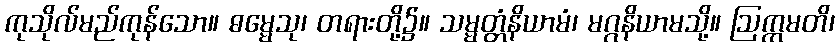
ကုသိုလ်မည်ကုန်သော။ ဓမ္မေသု၊ တရားတို့၌။ သမ္မတ္တံနိယာမံ၊ မဂ္ဂနိယာမသို့။ ဩက္ကမတိ၊